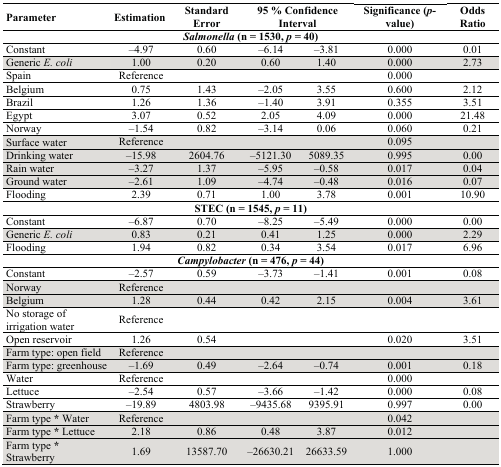
<table><thead><tr><td><b>Parameter</b></td><td><b>Estimation</b></td><td><b>Standard Error</b></td><td colspan="2"><b>95 % Confidence Interval</b></td><td><b>Significance (<i>p</i>-value)</b></td><td><b>Odds Ratio</b></td></tr></thead><tbody><tr><td colspan="7"><b><i>Salmonella</i> (n = 1530, <i>p</i> = 40)</b></td></tr><tr><td>Constant</td><td>–4.97</td><td>0.60</td><td>–6.14</td><td>–3.81</td><td>0.000</td><td>0.01</td></tr><tr><td>Generic <i>E. coli</i></td><td>1.00</td><td>0.20</td><td>0.60</td><td>1.40</td><td>0.000</td><td>2.73</td></tr><tr><td>Spain</td><td>Reference</td><td></td><td></td><td></td><td>0.000</td><td></td></tr><tr><td>Belgium</td><td>0.75</td><td>1.43</td><td>–2.05</td><td>3.55</td><td>0.600</td><td>2.12</td></tr><tr><td>Brazil</td><td>1.26</td><td>1.36</td><td>–1.40</td><td>3.91</td><td>0.355</td><td>3.51</td></tr><tr><td>Egypt</td><td>3.07</td><td>0.52</td><td>2.05</td><td>4.09</td><td>0.000</td><td>21.48</td></tr><tr><td>Norway</td><td>–1.54</td><td>0.82</td><td>–3.14</td><td>0.06</td><td>0.060</td><td>0.21</td></tr><tr><td>Surface water</td><td>Reference</td><td></td><td></td><td></td><td>0.095</td><td></td></tr><tr><td>Drinking water</td><td>–15.98</td><td>2604.76</td><td>–5121.30</td><td>5089.35</td><td>0.995</td><td>0.00</td></tr><tr><td>Rain water</td><td>–3.27</td><td>1.37</td><td>–5.95</td><td>–0.58</td><td>0.017</td><td>0.04</td></tr><tr><td>Ground water</td><td>–2.61</td><td>1.09</td><td>–4.74</td><td>–0.48</td><td>0.016</td><td>0.07</td></tr><tr><td>Flooding</td><td>2.39</td><td>0.71</td><td>1.00</td><td>3.78</td><td>0.001</td><td>10.90</td></tr><tr><td colspan="7"><b>STEC (n = 1545, <i>p</i> = 11)</b></td></tr><tr><td>Constant</td><td>–6.87</td><td>0.70</td><td>–8.25</td><td>–5.49</td><td>0.000</td><td>0.00</td></tr><tr><td>Generic <i>E. coli</i></td><td>0.83</td><td>0.21</td><td>0.41</td><td>1.25</td><td>0.000</td><td>2.29</td></tr><tr><td>Flooding</td><td>1.94</td><td>0.82</td><td>0.34</td><td>3.54</td><td>0.017</td><td>6.96</td></tr><tr><td colspan="7"><b><i>Campylobacter</i> (n = 476, <i>p</i> = 44)</b></td></tr><tr><td>Constant</td><td>–2.57</td><td>0.59</td><td>–3.73</td><td>–1.41</td><td>0.001</td><td>0.08</td></tr><tr><td>Norway</td><td>Reference</td><td></td><td></td><td></td><td></td><td></td></tr><tr><td>Belgium</td><td>1.28</td><td>0.44</td><td>0.42</td><td>2.15</td><td>0.004</td><td>3.61</td></tr><tr><td>No storage of irrigation water</td><td>Reference</td><td></td><td></td><td></td><td></td><td></td></tr><tr><td>Open reservoir</td><td>1.26</td><td>0.54</td><td></td><td></td><td>0.020</td><td>3.51</td></tr><tr><td>Farm type: open field</td><td>Reference</td><td></td><td></td><td></td><td></td><td></td></tr><tr><td>Farm type: greenhouse</td><td>–1.69</td><td>0.49</td><td>–2.64</td><td>–0.74</td><td>0.001</td><td>0.18</td></tr><tr><td>Water</td><td>Reference</td><td></td><td></td><td></td><td>0.000</td><td></td></tr><tr><td>Lettuce</td><td>–2.54</td><td>0.57</td><td>–3.66</td><td>–1.42</td><td>0.000</td><td>0.08</td></tr><tr><td>Strawberry</td><td>–19.89</td><td>4803.98</td><td>–9435.68</td><td>9395.91</td><td>0.997</td><td>0.00</td></tr><tr><td>Farm type * Water</td><td>Reference</td><td></td><td></td><td></td><td>0.042</td><td></td></tr><tr><td>Farm type * Lettuce</td><td>2.18</td><td>0.86</td><td>0.48</td><td>3.87</td><td>0.012</td><td></td></tr><tr><td>Farm type * Strawberry</td><td>1.69</td><td>13587.70</td><td>–26630.21</td><td>26633.59</td><td>1.000</td><td></td></tr></tbody></table>